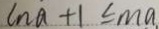
\ln a + 1 \leq m a 、